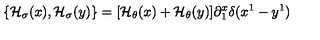
\{ { \cal H } _ { \sigma } ( x ) , { \cal H } _ { \sigma } ( y ) \} = [ { \cal H } _ { \theta } ( x ) + { \cal H } _ { \theta } ( y ) ] \partial _ { 1 } ^ { x } \delta ( x ^ { 1 } - y ^ { 1 } )